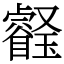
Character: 𤫀